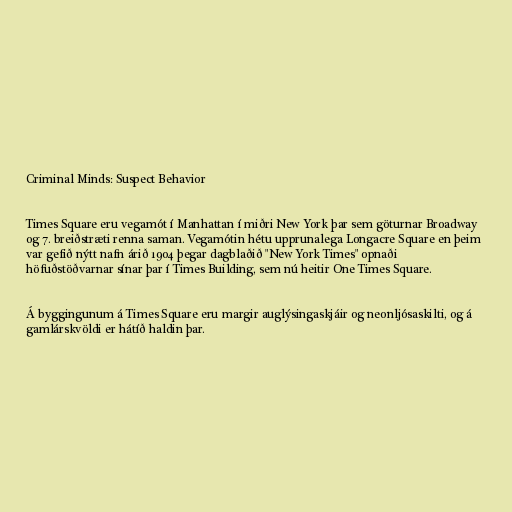
Criminal Minds: Suspect Behavior

Times Square eru vegamót í Manhattan í miðri New York þar sem göturnar Broadway
og 7. breiðstræti renna saman. Vegamótin hétu upprunalega Longacre Square en þeim
var gefið nýtt nafn árið 1904 þegar dagblaðið "New York Times" opnaði
höfuðstöðvarnar sínar þar í Times Building, sem nú heitir One Times Square.

Á byggingunum á Times Square eru margir auglýsingaskjáir og neonljósaskilti, og á
gamlárskvöldi er hátíð haldin þar.